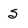
Character: S